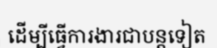
ដើម្បីធ្វើការងារជាបន្តទៀត